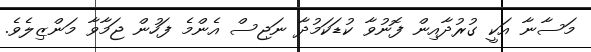
މަސާނާ އަކީ ގުރުދާއިން ފޮނުވާ ކުޑަކަމުދާ ނަޖިސް އެންމެ ފަހުން ޖަމާވާ މަންޒިލެވެ.